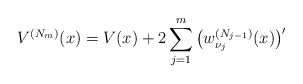
\begin{align*} V^{( N_{m}) }(x)=V(x)+2\sum_{j=1}^{m}\big( w_{\nu _{j}}^{( N_{j-1}) }(x)\big) ^{\prime } \end{align*}